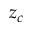
z _ { c }